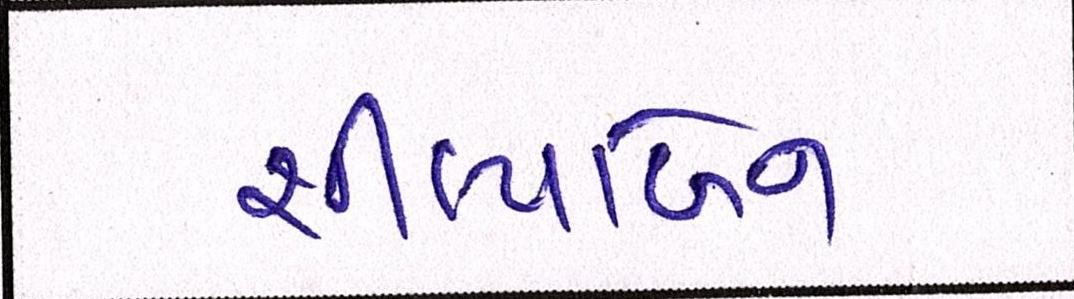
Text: શીલ્પાબેન